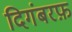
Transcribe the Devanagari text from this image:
दिगंबरफ़